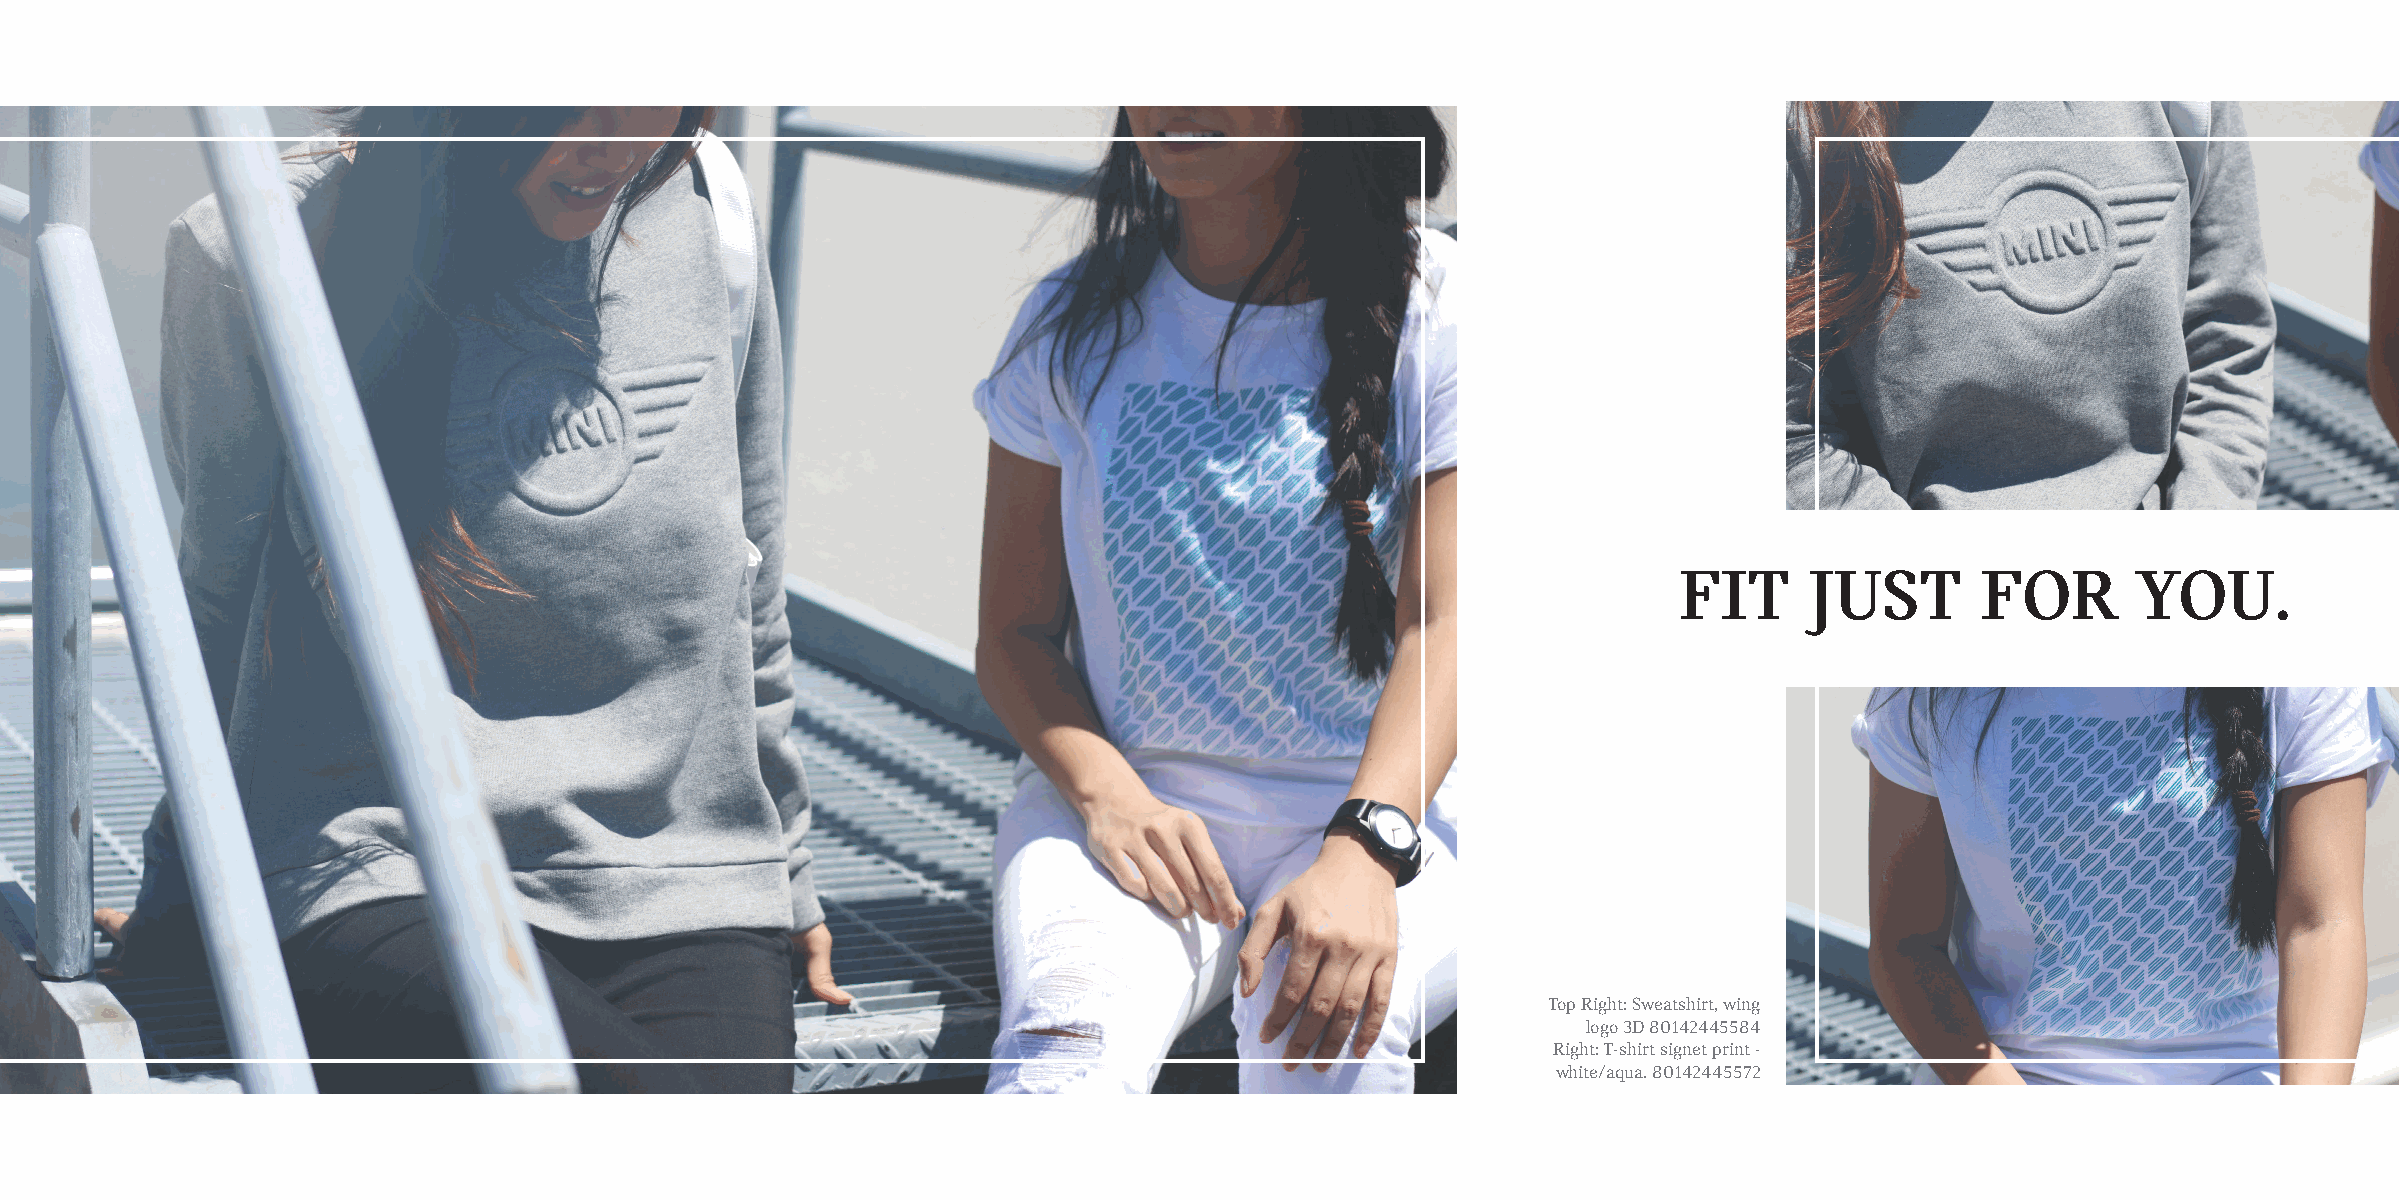
FIT      JUST       FOR       YOU.
 Top Right: Sweatshirt, wing
 logo 3D 80142445584
 Right: T-shirt signet print -
 white/aqua. 80142445572